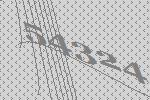
54324